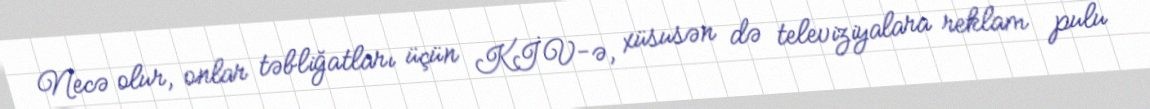
Necə olur, onlar təbliğatları üçün KİV-ə, xüsusən də televiziyalara reklam pulu